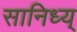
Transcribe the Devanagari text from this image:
सानिध्य्